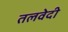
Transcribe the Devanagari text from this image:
तलवेदी